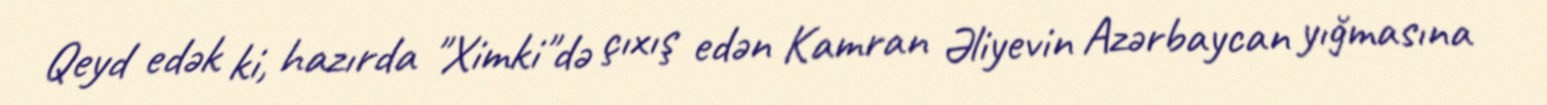
Qeyd edək ki, hazırda "Ximki"də çıxış edən Kamran Əliyevin Azərbaycan yığmasına